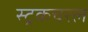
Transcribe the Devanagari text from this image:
स्ट्रकचरल